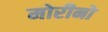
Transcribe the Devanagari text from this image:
मोरीनो